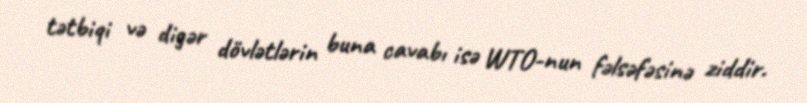
tətbiqi və digər dövlətlərin buna cavabı isə WTO-nun fəlsəfəsinə ziddir.